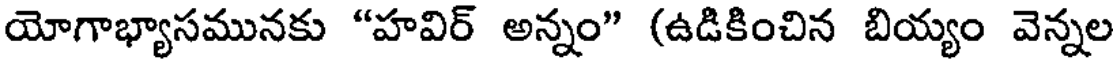
యోగాభ్యాసమునకు "హవిర్ అన్నం" (ఉడికించిన బియ్యం వెన్నల